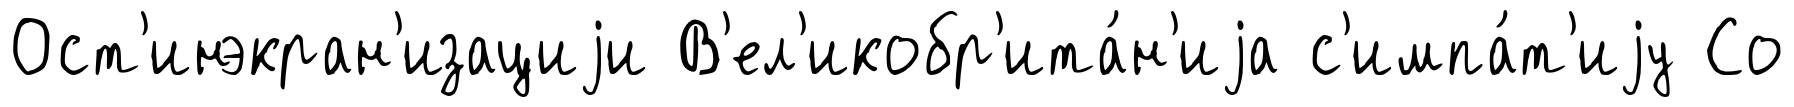
Ост'инэкран'изациjи В'ел'икобр'ита́н'иjа с'импа́т'иjу Со